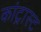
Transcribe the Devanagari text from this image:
कांट्रास्ट